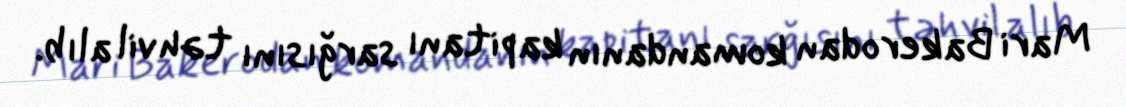
Mari Bakerodan komandanın kapitanı sarğısını təhvil alıb.